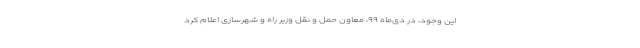
این وجود، در دی‌ماه ۹۹، معاون حمل و نقل وزیر راه و شهرسازی اعلام کرد